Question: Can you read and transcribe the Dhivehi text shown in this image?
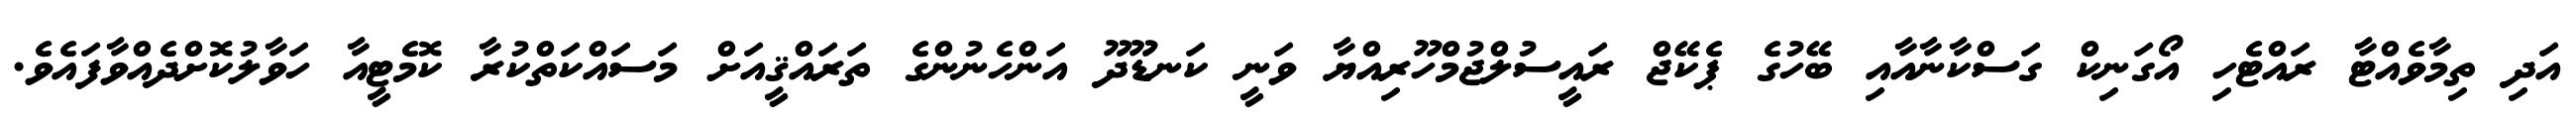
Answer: އަދި ތިމާވެއްޓާ ރައްޓެހި އޯގަނިކް ގަސްކާނާއާއި ބޭހުގެ ޕެކޭޖް ރައީސުލްޖުމްހޫރިއްޔާ ވަނީ ކަނޑޫދޫ އަންހެނުންގެ ތަރައްޤީއަށް މަސައްކަތްކުރާ ކޮމެޓީއާ ހަވާލުކޮށްދެއްވާފައެވެ.